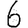
Digit: 6